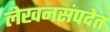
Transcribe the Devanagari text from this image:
लेखनसंपदेत